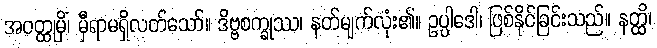
အဝတ္ထုမှိံ၊ မှီရာမရှိလတ်သော်။ ဒိဗ္ဗစက္ခုဿ၊ နတ်မျက်လုံး၏။ ဥပ္ပါဒေါ၊ ဖြစ်နိုင်ခြင်းသည်။ နတ္ထိ၊